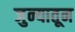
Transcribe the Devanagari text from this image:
जुन्यातून